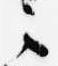
言